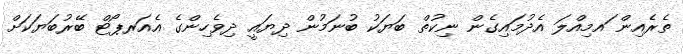
ތެރެއިން ައމިއްލަ އެދުމައިގެން ނިކުތް ބަޔަކު ބުނަމުން ދިޔައީ ދިވެހިންގެ އެއަރޕޯޓް ބޭރުބަޔަކަށް